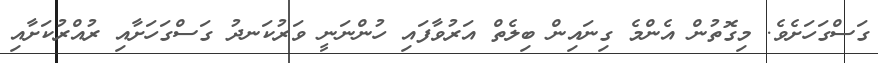
ގަސްގަހަށެވެ. މިގޮތުން އެންމެ ގިނައިން ބިލެތް އަރުވާފައި ހުންނަނީ ވަރުކަނދު ގަސްގަހަށާއި ރުއްރުކަށާއި